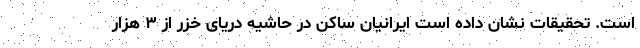
است. تحقیقات نشان داده است ایرانیان ساکن در حاشیه دریای خزر از ۳ هزار